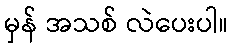
မှန် အသစ် လဲပေးပါ။